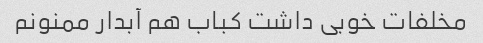
مخلفات خوبی داشت کباب هم آبدار ممنونم